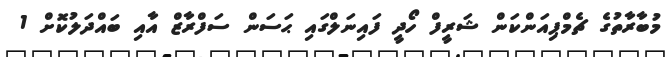
މުބާރާތުގެ ޗެމްޕިއަންކަން ޝަރީފް ހޯދީ ފައިނަލްގައި ޙަސަން ސަފްރާޒް އާއި ބައްދަލުކޮށް 1